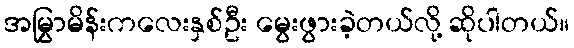
အမြွှာမိန်းကလေးနှစ်ဦး မွေးဖွားခဲ့တယ်လို့ ဆိုပါတယ်။